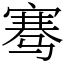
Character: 骞